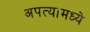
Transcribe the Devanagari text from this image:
अपत्यामध्ये